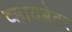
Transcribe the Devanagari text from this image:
व्हायब्रेटर